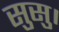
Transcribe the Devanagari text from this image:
सुसु।